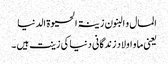
المال و البنون زینۃ الحیوۃ الدنیا
یعنی ما و اولاد زندگانی دنیا کی زینت ہیں ۔